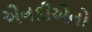
એનડીએનો